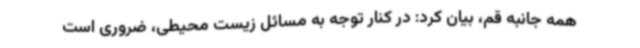
همه جانبه قم، بیان کرد: در کنار توجه به مسائل زیست محیطی، ضروری است